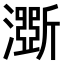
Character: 𤂊